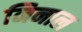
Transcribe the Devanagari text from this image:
निनाल